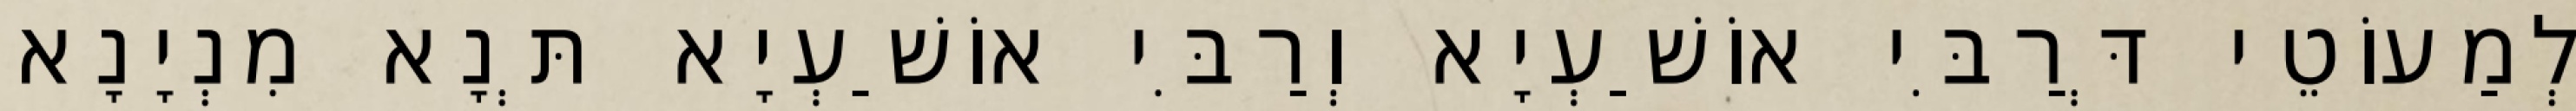
לְמַעוֹטֵי דְּרַבִּי אוֹשַׁעְיָא וְרַבִּי אוֹשַׁעְיָא תְּנָא מִנְיָנָא